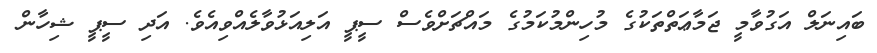
ބައިނަލް އަގުވާމީ ޖަމާޢަތްތަކުގެ މުހިންމުކަމުގެ މައްޗަށްވެސް ސީޕީ އަލިއަޅުވާލެއްވިއެވެ. އަދި ސީޕީ ޝިހާން